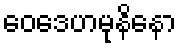
ဝေဒေဟမုနိနော